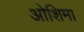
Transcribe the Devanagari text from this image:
ओशिमा